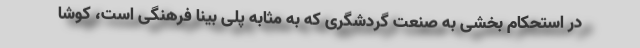
در استحکام بخشی به صنعت گردشگری که به مثابه پلی بینا فرهنگی است، کوشا